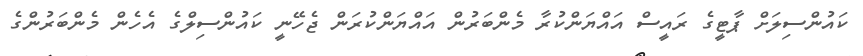
ކައުންސިލަށް ޕާޓީގެ ރައީސް އައްޔަންކުރާ މެންބަރުން އައްޔަންކުރަން ޖެހޭނީ ކައުންސިލްގެ އެހެން މެންބަރުންގެ